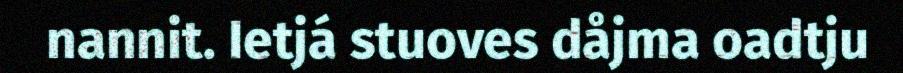
nannit. Ietjá stuoves dåjma oadtju